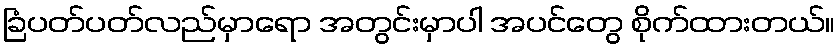
ခြံပတ်ပတ်လည်မှာရော အတွင်းမှာပါ အပင်တွေ စိုက်ထားတယ်။